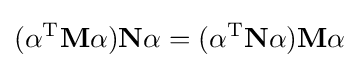
(\mathbf {\alpha } ^{\text{T}}\mathbf {M} \mathbf {\alpha } )\mathbf {N} \mathbf {\alpha } =(\mathbf {\alpha } ^{\text{T}}\mathbf {N} \mathbf {\alpha } )\mathbf {M} \mathbf {\alpha }